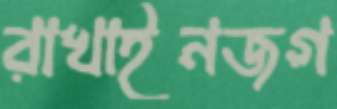
রাখাইনজগ